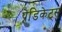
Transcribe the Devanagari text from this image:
प्रेडिकेट्स